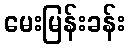
မေးမြန်းခန်း